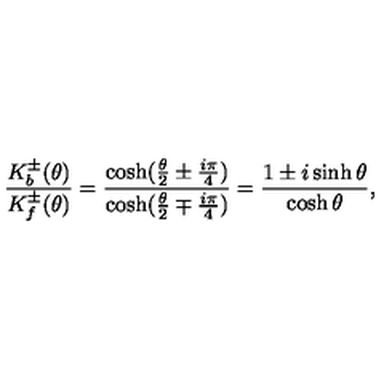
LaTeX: \frac { K _ { b } ^ { \pm } ( \theta ) } { K _ { f } ^ { \pm } ( \theta ) } = \frac { \cosh ( \frac { \theta } { 2 } \pm \frac { i \pi } { 4 } ) } { \cosh ( \frac { \theta } { 2 } \mp \frac { i \pi } { 4 } ) } = \frac { 1 \pm i \sinh \theta } { \cosh \theta } ,